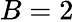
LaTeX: B=2